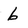
Character: b